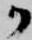
か